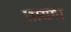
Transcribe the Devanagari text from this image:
तायगा